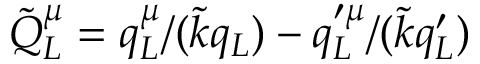
\tilde { Q } _ { L } ^ { \mu } = q _ { L } ^ { \mu } / ( \tilde { k } q _ { L } ) - q _ { L } ^ { \prime \mu } / ( \tilde { k } q _ { L } ^ { \prime } )